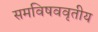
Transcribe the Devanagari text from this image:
समविषववृतीय